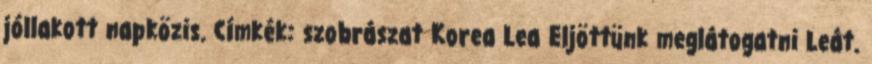
jóllakott napközis. Címkék: szobrászat Korea Lea Eljöttünk meglátogatni Leát.